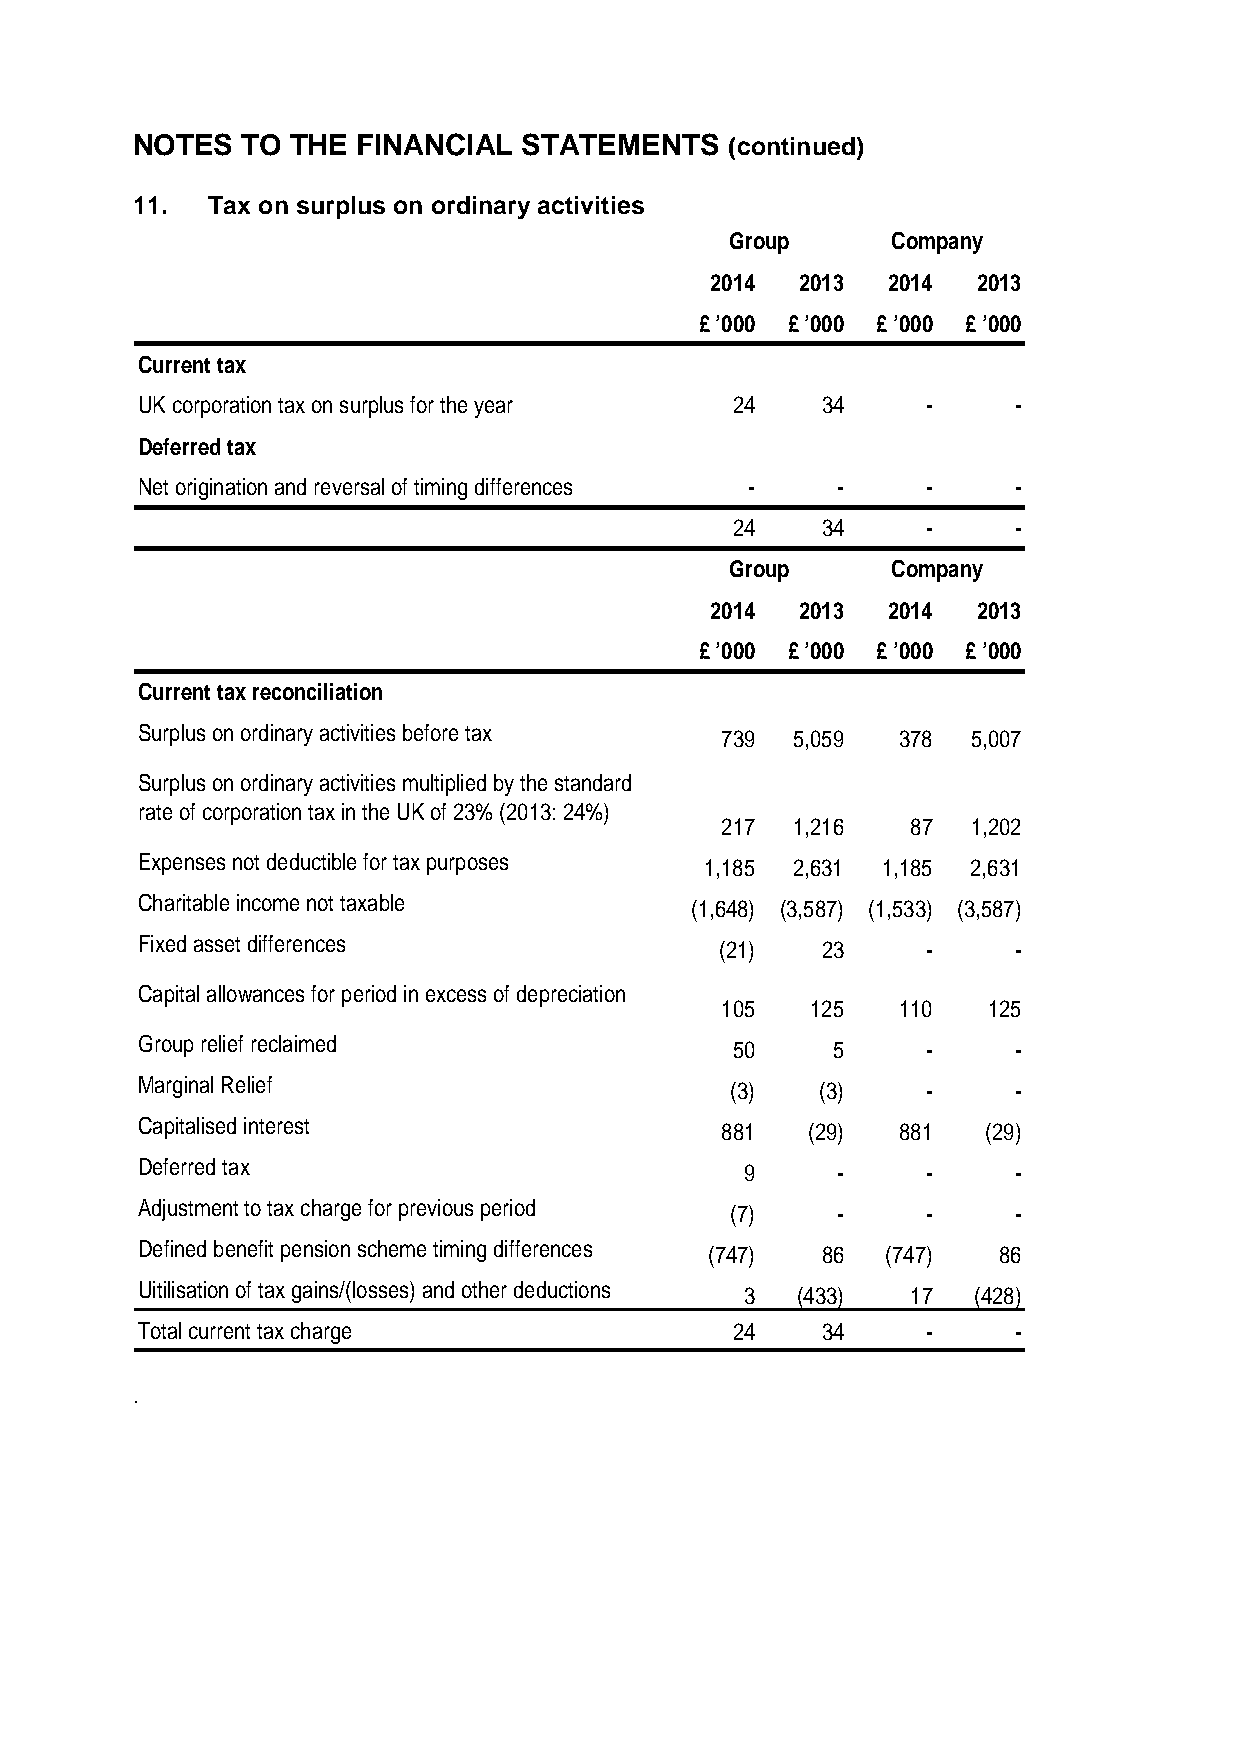
NOTES  TO THE  FINANCIAL  STATEMENTS   (continued)
 11.  Tax on surplus on ordinary activities
 Group      Company
 2014  2013  2014  2013
 £ ’000 £ ’000 £ ’000 £ ’000
 Current tax
 UK corporation tax on surplus for the year 24 34    -     -
 Deferred tax
 Net origination and reversal of timing differences - - -  -
 24    34     -     -
 Group      Company
 2014  2013  2014  2013
 £ ’000 £ ’000 £ ’000 £ ’000
 Current tax reconciliation
 Surplus on ordinary activities before tax 739 5,059 378 5,007
 Surplus on ordinary activities multiplied by the standard
 rate of corporation tax in the UK of 23% (2013: 24%)
 217 1,216   87  1,202
 Expenses not deductible for tax purposes 1,185 2,631 1,185 2,631
 Charitable income not taxable        (1,648) (3,587) (1,533) (3,587)
 Fixed asset differences                (21)  23     -     -
 Capital allowances for period in excess of depreciation
 105   125  110   125
 Group relief reclaimed                 50     5     -     -
 Marginal Relief                        (3)   (3)    -     -
 Capitalised interest                   881  (29)  881   (29)
 Deferred tax                            9     -     -     -
 Adjustment to tax charge for previous period (7) -  -     -
 Defined benefit pension scheme timing differences (747) 86 (747) 86
 Uitilisation of tax gains/(losses) and other deductions 3 (433) 17 (428)
 Total current tax charge               24    34     -     -
 .